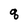
Character: q